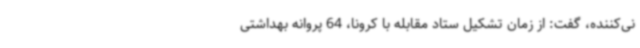
نی‌کننده، گفت: از زمان تشکیل ستاد مقابله با کرونا، 64 پروانه بهداشتی